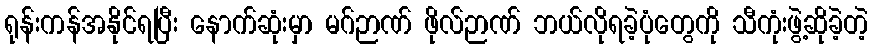
ရုန်းကန်အနိုင်ရပြီး နောက်ဆုံးမှာ မဂ်ဉာဏ် ဖိုလ်ဉာဏ် ဘယ်လိုရခဲ့ပုံတွေကို သီကုံးဖွဲ့ဆိုခဲ့တဲ့